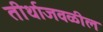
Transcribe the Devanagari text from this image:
तीर्थाजवळील